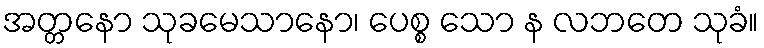
အတ္တနော သုခမေသာနော၊ ပေစ္စ သော န လဘတေ သုခံ။